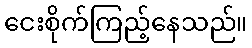
ငေးစိုက်ကြည့်နေသည်။